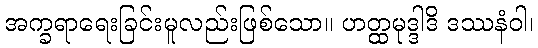
အက္ခရာရေးခြင်းမူလည်းဖြစ်သော။ ဟတ္ထမုဒ္ဒါဒိ ဒဿနံဝါ၊